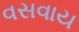
વસવાય